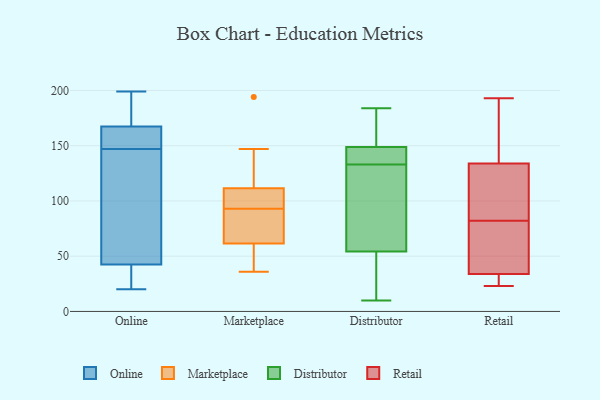
{"axis": {"x": "Revenue (USD Million)", "y": "Value"}, "legend": ["Distributor", "Marketplace", "Online", "Retail"], "data": [{"x": "", "y": 149, "type": "Online"}, {"x": "", "y": 166, "type": "Online"}, {"x": "", "y": 169, "type": "Online"}, {"x": "", "y": 176, "type": "Online"}, {"x": "", "y": 145, "type": "Online"}, {"x": "", "y": 41, "type": "Online"}, {"x": "", "y": 44, "type": "Online"}, {"x": "", "y": 166, "type": "Online"}, {"x": "", "y": 20, "type": "Online"}, {"x": "", "y": 199, "type": "Online"}, {"x": "", "y": 39, "type": "Online"}, {"x": "", "y": 78, "type": "Online"}, {"x": "", "y": 36, "type": "Marketplace"}, {"x": "", "y": 147, "type": "Marketplace"}, {"x": "", "y": 194, "type": "Marketplace"}, {"x": "", "y": 119, "type": "Marketplace"}, {"x": "", "y": 48, "type": "Marketplace"}, {"x": "", "y": 88, "type": "Marketplace"}, {"x": "", "y": 99, "type": "Marketplace"}, {"x": "", "y": 57, "type": "Marketplace"}, {"x": "", "y": 104, "type": "Marketplace"}, {"x": "", "y": 66, "type": "Marketplace"}, {"x": "", "y": 78, "type": "Marketplace"}, {"x": "", "y": 98, "type": "Marketplace"}, {"x": "", "y": 141, "type": "Distributor"}, {"x": "", "y": 138, "type": "Distributor"}, {"x": "", "y": 108, "type": "Distributor"}, {"x": "", "y": 42, "type": "Distributor"}, {"x": "", "y": 57, "type": "Distributor"}, {"x": "", "y": 176, "type": "Distributor"}, {"x": "", "y": 138, "type": "Distributor"}, {"x": "", "y": 25, "type": "Distributor"}, {"x": "", "y": 133, "type": "Distributor"}, {"x": "", "y": 73, "type": "Distributor"}, {"x": "", "y": 10, "type": "Distributor"}, {"x": "", "y": 182, "type": "Distributor"}, {"x": "", "y": 184, "type": "Distributor"}, {"x": "", "y": 59, "type": "Distributor"}, {"x": "", "y": 46, "type": "Distributor"}, {"x": "", "y": 133, "type": "Distributor"}, {"x": "", "y": 172, "type": "Distributor"}, {"x": "", "y": 27, "type": "Retail"}, {"x": "", "y": 34, "type": "Retail"}, {"x": "", "y": 140, "type": "Retail"}, {"x": "", "y": 132, "type": "Retail"}, {"x": "", "y": 119, "type": "Retail"}, {"x": "", "y": 46, "type": "Retail"}, {"x": "", "y": 94, "type": "Retail"}, {"x": "", "y": 34, "type": "Retail"}, {"x": "", "y": 59, "type": "Retail"}, {"x": "", "y": 193, "type": "Retail"}, {"x": "", "y": 23, "type": "Retail"}, {"x": "", "y": 82, "type": "Retail"}, {"x": "", "y": 160, "type": "Retail"}]}